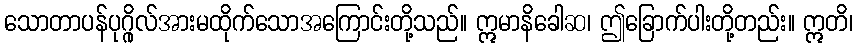
သောတာပန်ပုဂ္ဂိုလ်အားမထိုက်သောအကြောင်းတို့သည်။ ဣမာနိခေါဆ၊ ဤခြောက်ပါးတို့တည်း။ ဣတိ၊